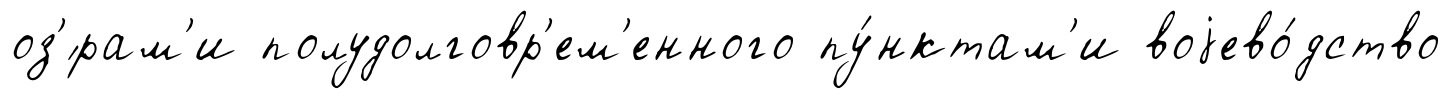
оз'́рам'и полудолговр'ем'енного пу́нктам'и воjево́дство